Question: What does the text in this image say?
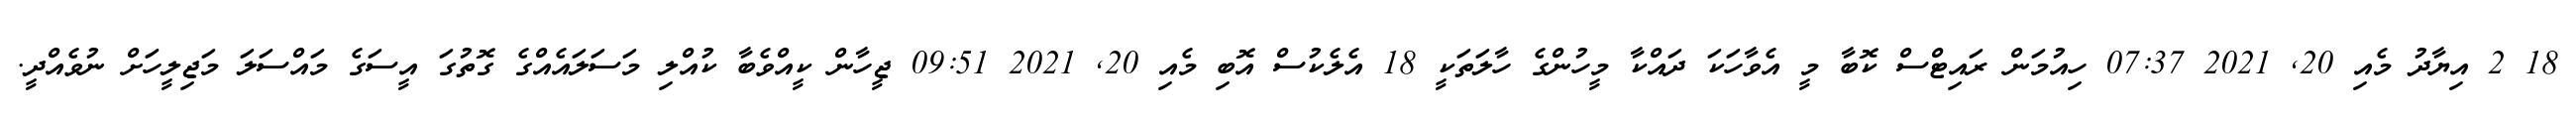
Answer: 18 2 އިޔާދު މެއި 20, 2021 07:37 ހިއުމަން ރައިޓްސް ކޮބާ މީ އެވާހަކަ ދައްކާ މީހުންގެ ހާލަތަކީ 18 އެލެކުސް އޮބި މެއި 20, 2021 09:51 ޖީހާން ކީއްވެބާ ކުއްލި މަސަލައެއްގެ ގޮތުގަ އީސަގެ މައްސަލަ މަޖިލީހަށް ނުވެއްދީ.